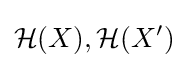
{\mathcal {H}}(X),{\mathcal {H}}(X')